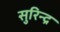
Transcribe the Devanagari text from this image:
सुरिन्द्र